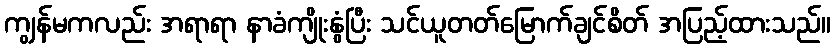
ကျွန်မကလည်း အရာရာ နာခံကျိုးနွံပြီး သင်ယူတတ်မြောက်ချင်စိတ် အပြည့်ထားသည်။